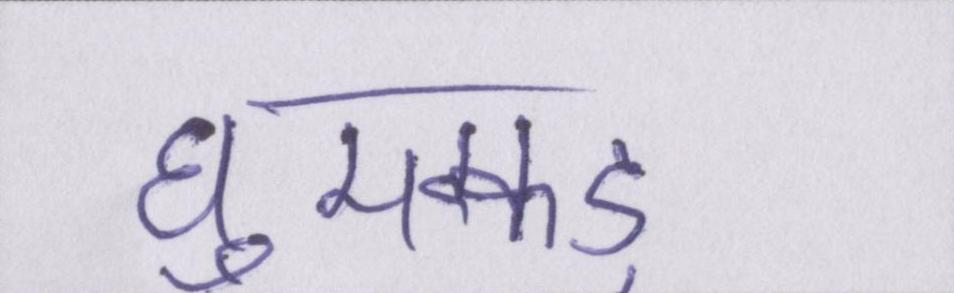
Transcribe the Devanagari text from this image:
घुमक्कड़